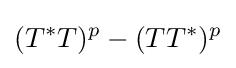
(T^{*}T)^{p}-(TT^{*})^{p}